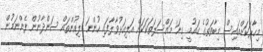
މިހާރަކަށްއައިސް މިބާވަތުގެ ގައުމީ ގިނަ މައްސަލަތަކަކަށް އަލިއަޅުވާލާފައި ހުންނަ ލިއުންތައް ސަންދާނުން ފެންނަމުން